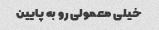
خیلی معمولی رو به پایین